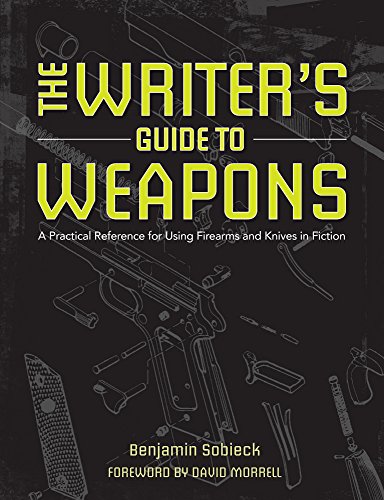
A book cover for The Writer's Guide to Weapons: A Practical Reference for Using Firearms and Knives in Fiction; Benjamin Sobieck; History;